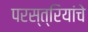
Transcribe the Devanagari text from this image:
परस्त्रियांचे